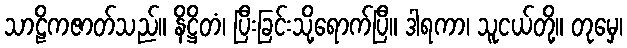
သာဠိကဇာတ်သည်။ နိဋ္ဌိတံ၊ ပြီးခြင်းသို့ရောက်ပြီ။ ဒါရကာ၊ သူငယ်တို့။ တုမှေ၊